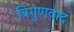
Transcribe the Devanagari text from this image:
त्रिगुणवाद